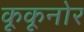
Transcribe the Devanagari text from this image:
कूकूनोर